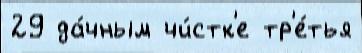
29 да́чным чи́стк'е тр'е́тья